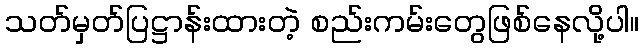
သတ်မှတ်ပြဋ္ဌာန်းထားတဲ့ စည်းကမ်းတွေဖြစ်နေလို့ပါ။